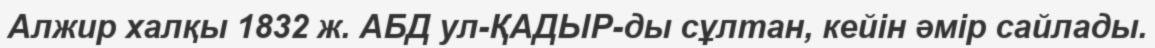
Алжир халқы 1832 ж. АБД ул-ҚАДЫР-ды сұлтан, кейін әмір сайлады.